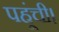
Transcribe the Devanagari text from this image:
पहूंची।